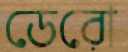
ডেরো